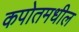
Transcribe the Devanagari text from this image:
कपोतमधील